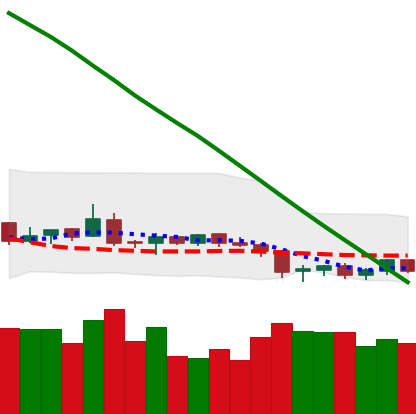
Ticker: NEO-USD
Chart end date: 2019-02-03
Forward return: 8.261%
Label: up_7plus